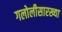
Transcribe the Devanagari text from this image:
गलोलीसारख्या